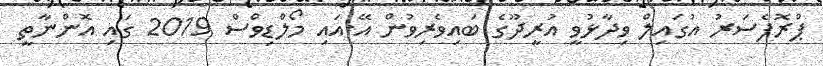
ޕްރޮފެސަރު އުގައިލް ވިދާޅުވީ އުރީދޫގެ ބައިވެރިވުން އޭ.އައި މޯލްޑިވްސް 2019 ގައި އޮންނާތީ